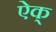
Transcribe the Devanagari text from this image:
ऐक्